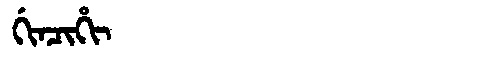
Manchu: ᡤᡳᠨᠴᡳᡥᡳ
Romanization: GINCIHI